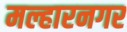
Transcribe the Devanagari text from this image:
मल्हारनगर